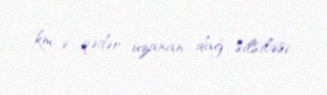
km-ə qədər uzanan dağ silsiləsi.